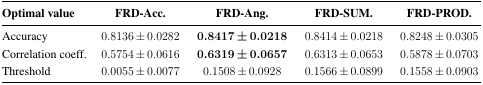
<table><thead><tr><td><b>Optimal value</b></td><td><b>FRD-Acc.</b></td><td><b>FRD-Ang.</b></td><td><b>FRD-SUM.</b></td><td><b>FRD-PROD.</b></td></tr></thead><tbody><tr><td>Accuracy</td><td>0.8136 ± 0.0282</td><td><b>0.8417 ± 0.0218</b></td><td>0.8414 ± 0.0218</td><td>0.8248 ± 0.0305</td></tr><tr><td>Correlation coeff.</td><td>0.5754 ± 0.0616</td><td><b>0.6319 ± 0.0657</b></td><td>0.6313 ± 0.0653</td><td>0.5878 ± 0.0703</td></tr><tr><td>Threshold</td><td>0.0055 ± 0.0077</td><td>0.1508 ± 0.0928</td><td>0.1566 ± 0.0899</td><td>0.1558 ± 0.0903</td></tr></tbody></table>